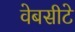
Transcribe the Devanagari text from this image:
वेबसीटे